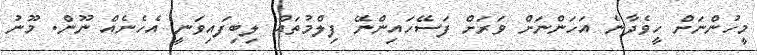
މީހުންނަށް ހީވެދާނެ އަހަންނަށް ވަރަށް ފަސޭހައިންނޭ ފިލްމުތައް ލިބިފައިވަނީ އެހެނެއް ނޫން. މޫނު